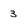
Character: 3